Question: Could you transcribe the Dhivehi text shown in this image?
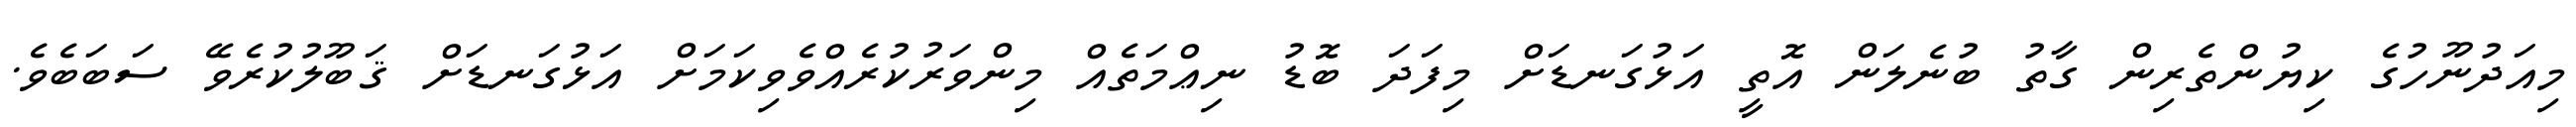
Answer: މިއަދުނޫހުގެ ކިޔުންތެރިން ގާތު ބުނެލަން އޮތީ އަޅުގަނޑަށް މިފަދަ ބޮޑު ނިޢްމަތެއް މިންވަރުކުރެއްވެވިކަމަށް އަޅުގަނޑަށް ޤަބޫލުކުރެވޭ ސަބަބެވެ.